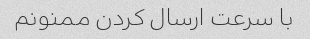
با سرعت ارسال کردن ممنونم